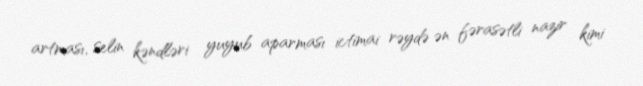
artması, selin kəndləri yuyub aparması ictimai rəydə ən fərasətli nazir kimi